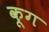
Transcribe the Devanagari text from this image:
कूग